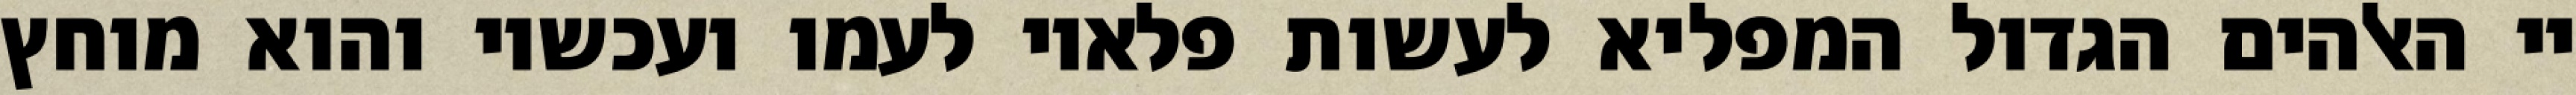
יי האלהים הגדול המפליא לעשות פלאיו לעמו ועכשיו והוא מוחץ